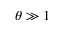
\theta \gg 1